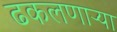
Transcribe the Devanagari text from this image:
ढकलणाऱ्या